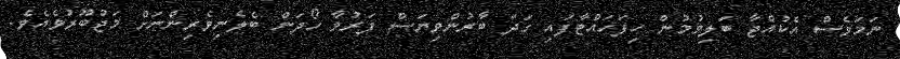
ނަމަވެސް އެކުއްޖާ ބަލިވުމުން ހިފަހައްޓާފައި ގަދަ ބާރުންވިޔަސް ފަރުވާ ހޯދަން ބެލެނިވެރިންނަށް މަޖުބޫރުވެއެވެ.